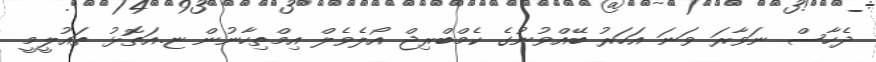
ދެހާސް ނަވާރަ ވަނަ އަހަރު ބޭއްވުނުގެ ކެމްބްރިޖް އޯލެވެލް އިމްތިހާނުން ޏ.އަތޮޅު ތައުލީމީ